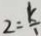
2 = \frac { k } { 1 }